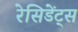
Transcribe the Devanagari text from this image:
रेसिडेंट्स